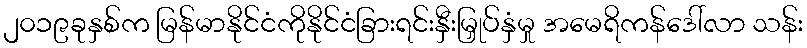
၂၀၁၉ခုနှစ်က မြန်မာနိုင်ငံကိုနိုင်ငံခြားရင်းနှီးမြှုပ်နှံမှု အမေရိကန်ဒေါ်လာ သန်း